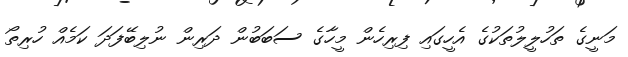
މަނީގެ ތަހުލީލުތަކުގެ އެހީގައި ފިރިހެން މީހާގެ ސަބަބުން ދަރިން ނުލިބޭފަދަ ކަމެއް ހުރިތޯ